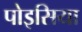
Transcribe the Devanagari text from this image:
पोइसिया